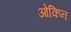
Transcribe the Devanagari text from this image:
ओकिन